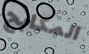
المكابح